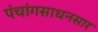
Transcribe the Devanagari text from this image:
पंचांगसाधनसार